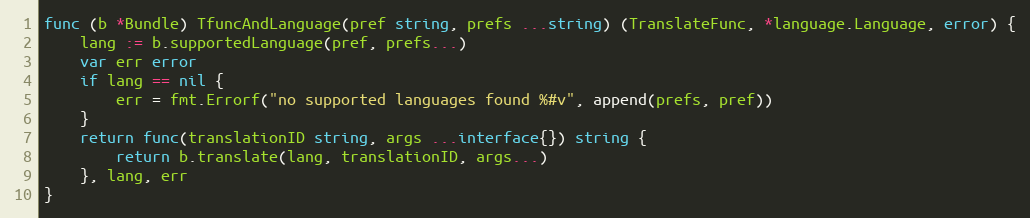
Language: Go
func (b *Bundle) TfuncAndLanguage(pref string, prefs ...string) (TranslateFunc, *language.Language, error) {
	lang := b.supportedLanguage(pref, prefs...)
	var err error
	if lang == nil {
		err = fmt.Errorf("no supported languages found %#v", append(prefs, pref))
	}
	return func(translationID string, args ...interface{}) string {
		return b.translate(lang, translationID, args...)
	}, lang, err
}